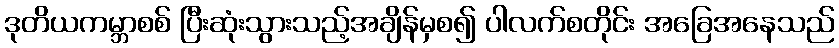
ဒုတိယကမ္ဘာစစ် ပြီးဆုံးသွားသည့်အချိန်မှစ၍ ပါလက်စတိုင်း အခြေအနေသည်